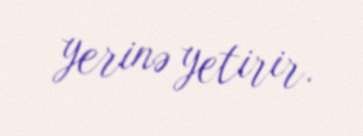
yerinə yetirir.